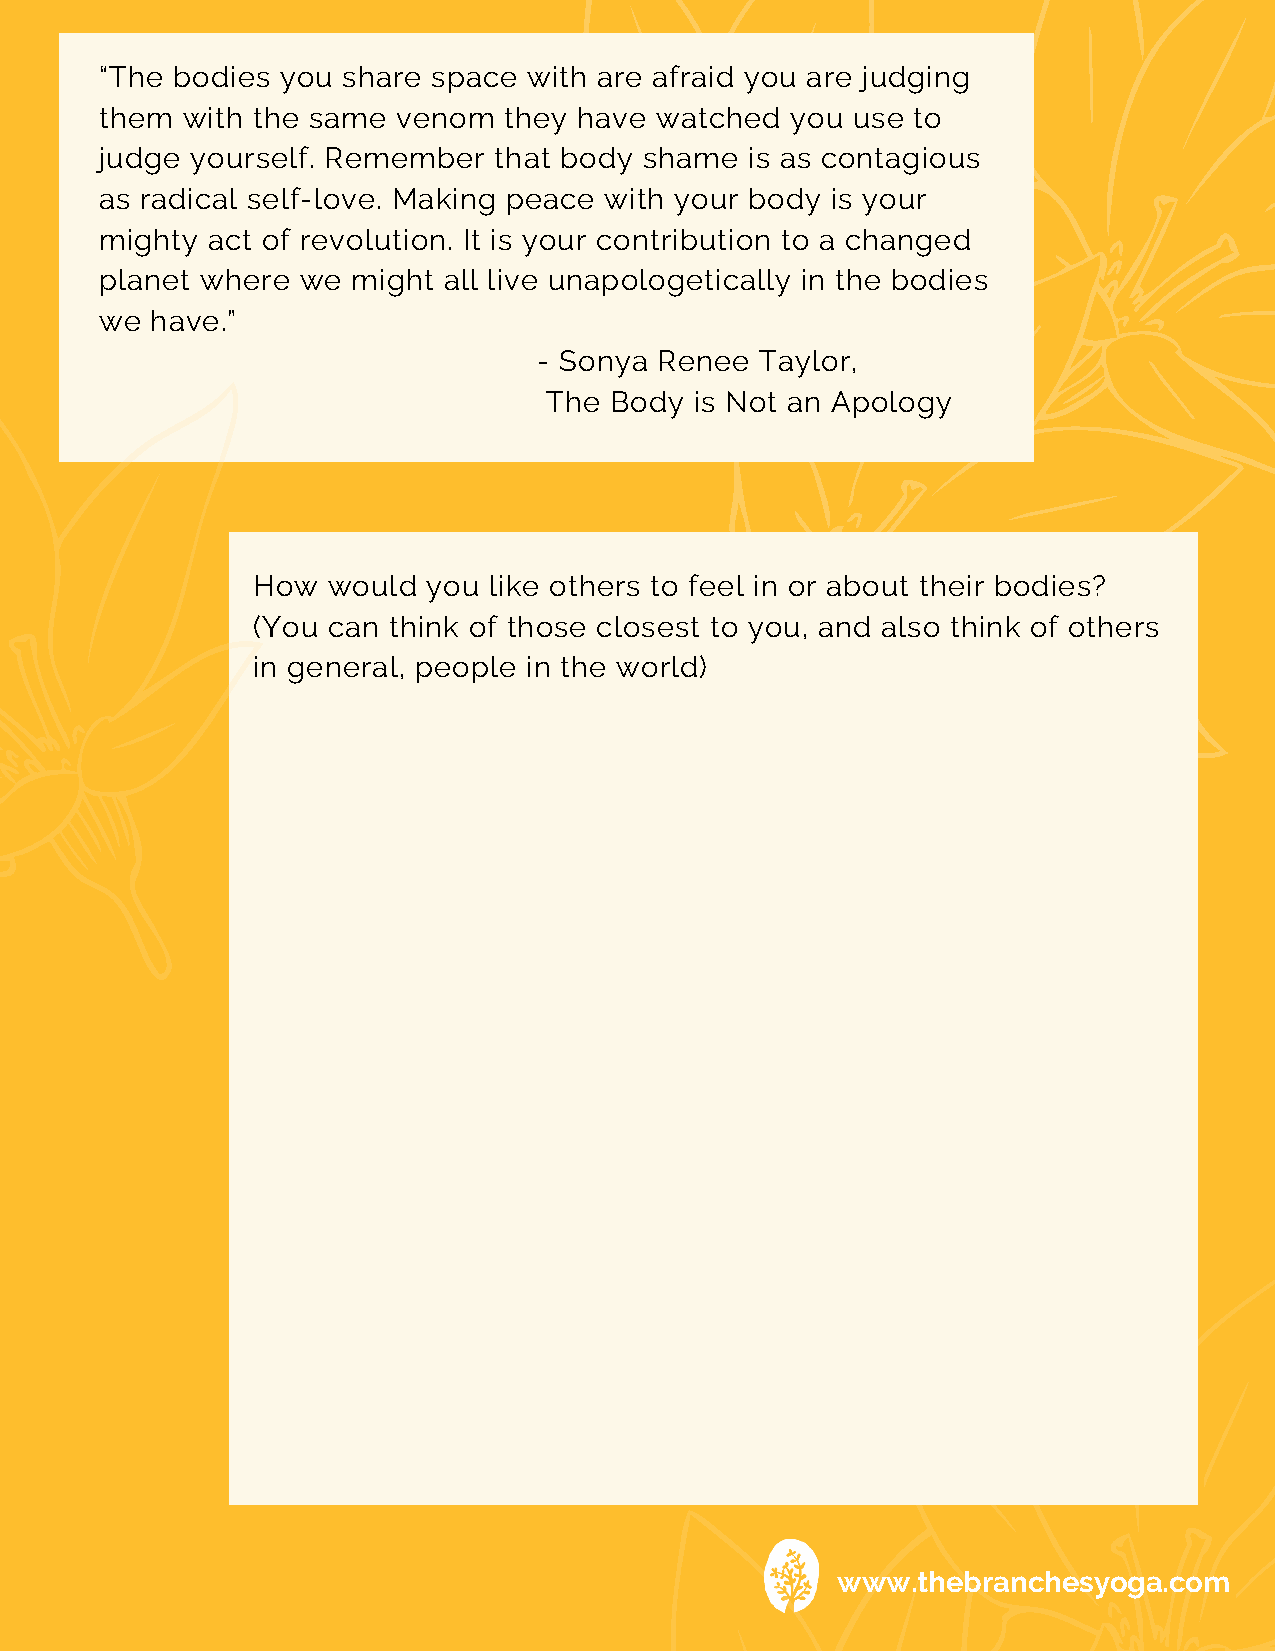
“The bodies you share space with are afraid you are judging
 them with the same venom  they have watched  you use to
 judge yourself. Remember  that body shame  is as contagious
 as radical self-love. Making peace with your body is your
 mighty act of revolution. It is your contribution to a changed
 planet where we might all live unapologetically in the bodies
 we have.”
 - Sonya Renee Taylor,
 The Body  is Not an Apology
 How  would you like others to feel in or about their bodies?
 (You can think of those closest to you, and also think of others
 in general, people in the world)
 www.thebranchesyoga.com